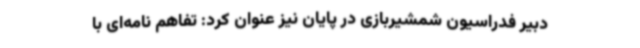
دبیر فدراسیون شمشیربازی در پایان نیز عنوان کرد: تفاهم نامه‌ای با